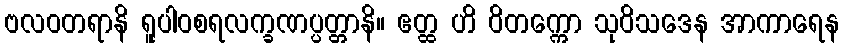
ဗလဝတရာနိ ရူပါဝစရလက္ခဏပ္ပတ္တာနိ။ ဧတ္ထ ဟိ ဝိတက္ကော သုဝိသဒေန အာကာရေန